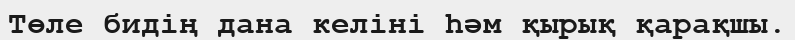
Төле бидің дана келіні һәм қырық қарақшы.